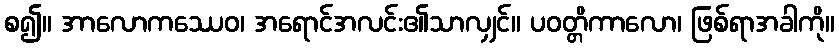
စ၍။ အာလောကဿေဝ၊ အရောင်အလင်း၏သာလျှင်။ ပဝတ္တိကာလော၊ ဖြစ်ရာအခါကို။